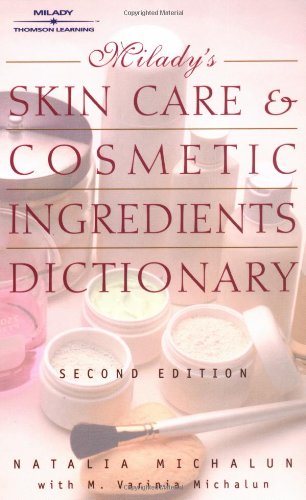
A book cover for Milady's Skin Care and Cosmetic Ingredients Dictionary; Natalia Michalun; Health, Fitness & Dieting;